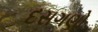
દસગણો